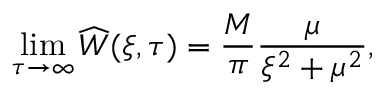
\operatorname* { l i m } _ { \tau \to \infty } \widehat { W } ( \xi , \tau ) = \frac { M } { \pi } \frac { \mu } { \xi ^ { 2 } + \mu ^ { 2 } } ,